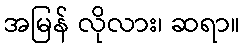
အမြန် လိုလား၊ ဆရာ။